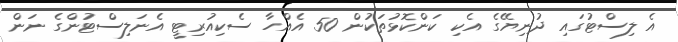
އެ ލިސްޓުގައި ދުނިޔޭގެ އެކި ކަންކޮޅުތަކުން 50 އެއްހާ ސެކިއުރިޓީ އެނަލިސްޓުންގެ ނަން